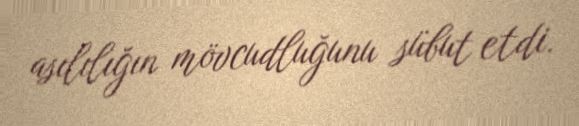
asılılığın mövcudluğunu sübut etdi.